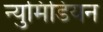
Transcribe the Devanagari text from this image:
न्युमिडियन